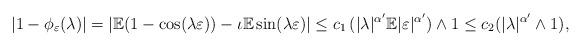
LaTeX: \begin{align*}|1-\phi_{\varepsilon}(\lambda)|=|\mathbb{E}(1-\cos(\lambda \varepsilon))-\iota \mathbb{E} \sin(\lambda \varepsilon) |&\leq c_1\, ( |\lambda|^{\alpha'} \mathbb{E} |\varepsilon|^{\alpha'})\wedge 1\leq c_2 (|\lambda|^{\alpha'}\wedge 1),\end{align*}